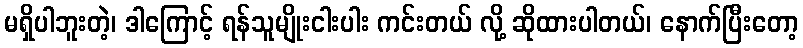
မရှိပါဘူးတဲ့၊ ဒါကြောင့် ရန်သူမျိုးငါးပါး ကင်းတယ် လို့ ဆိုထားပါတယ်၊ နောက်ပြီးတော့